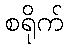
စရိုက်